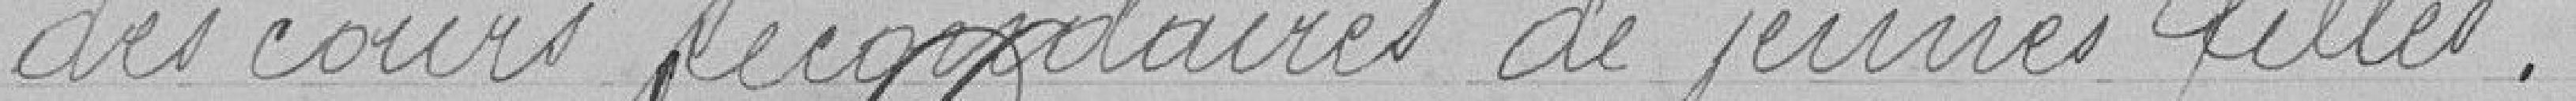
des cours secondaires de jeunes filles.